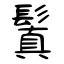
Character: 鬒